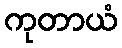
ကုတာယံ